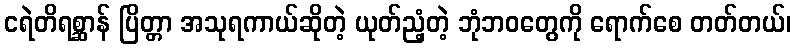
ငရဲတိရစ္ဆာန် ပြိတ္တာ အသုရကာယ်ဆိုတဲ့ ယုတ်ညံ့တဲ့ ဘုံဘဝတွေကို ရောက်စေ တတ်တယ်၊